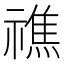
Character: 𥛲